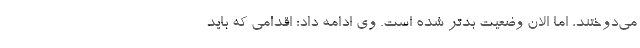
می‌دوختند، اما الان وضعیت بدتر شده است. وی ادامه داد: اقدامی که باید